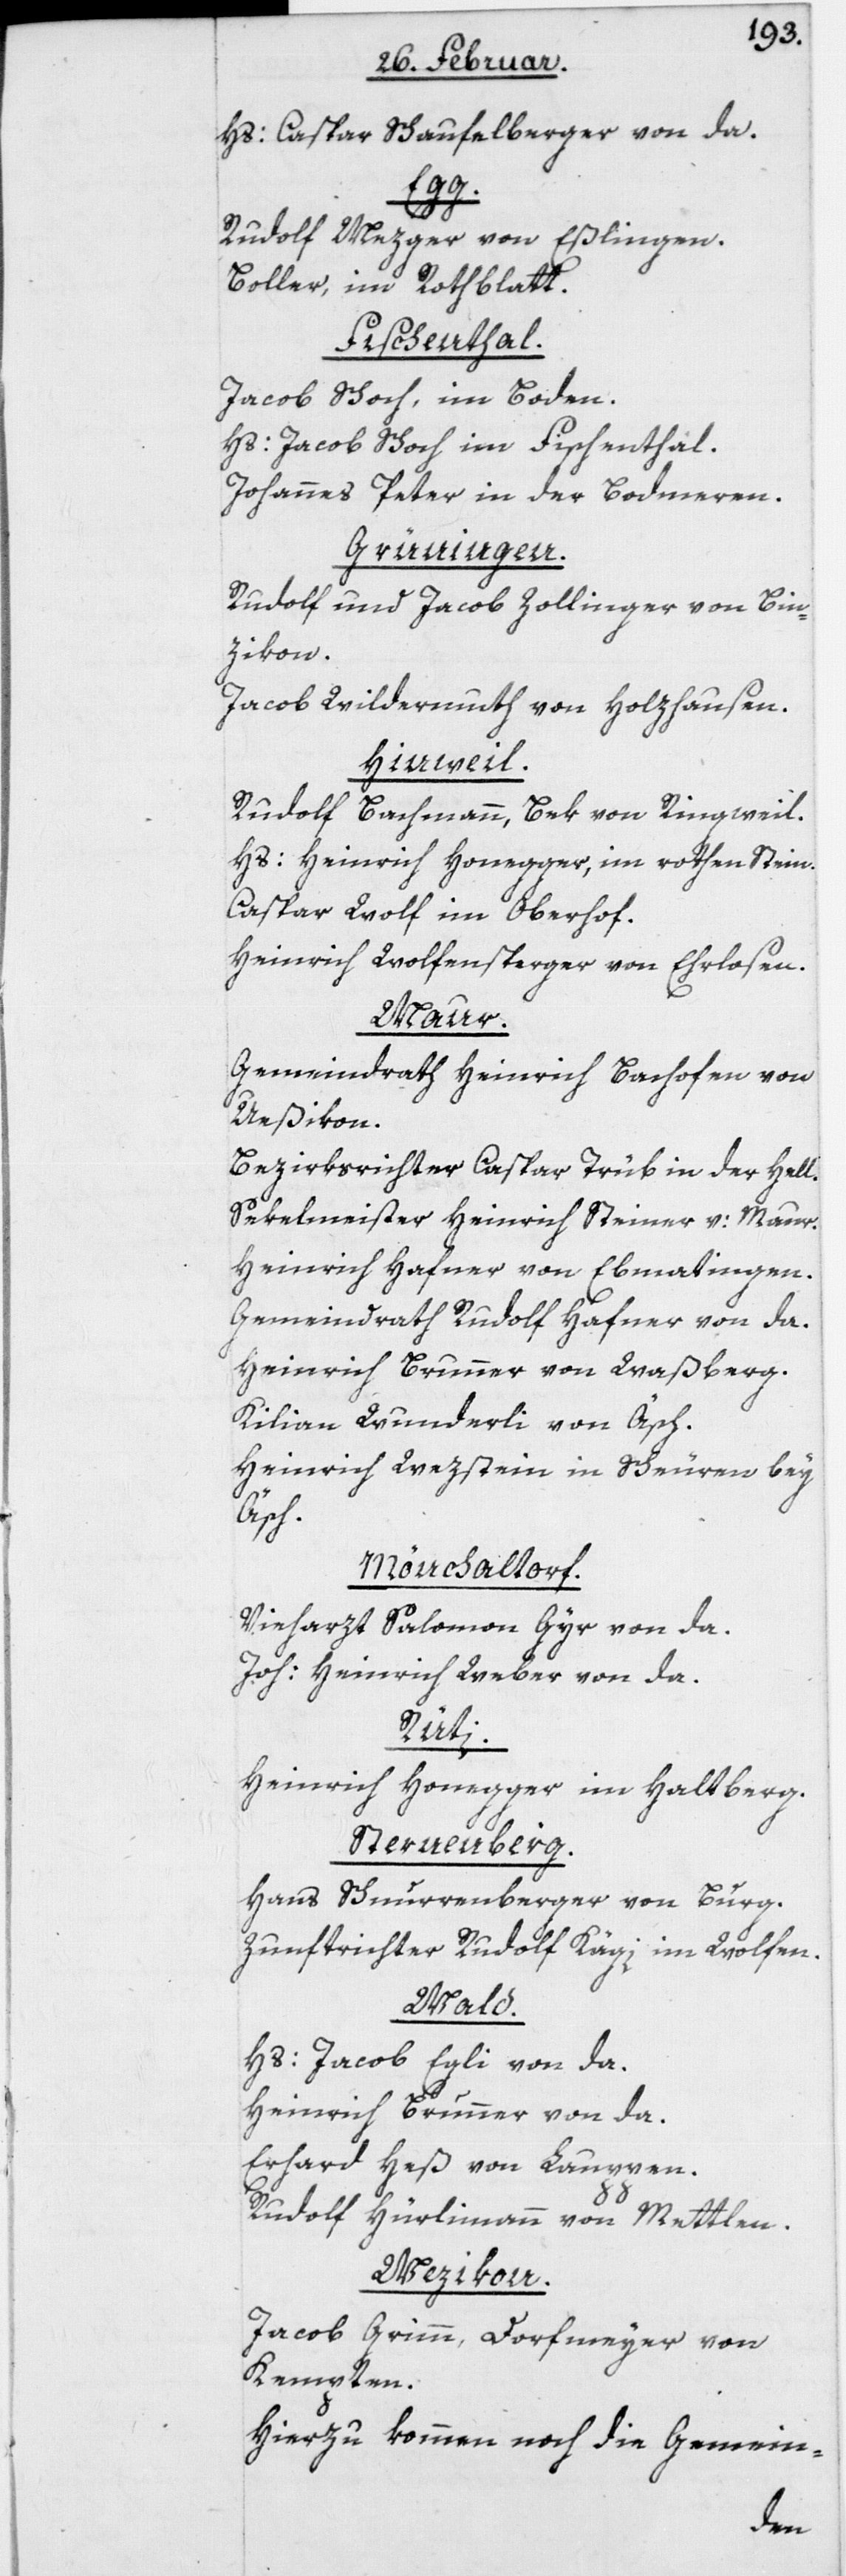
Hs: Caspar Schaufelberger von da.
Egg.
Rudolf Mezger von Eßlingen.
Boller, im Rothblatt.
Fischenthal.
Jacob Schoch, im Boden.
Hs: Jacob Schoch im Fischenthal.
Johannes Peter in der Bodmeren.
Grüningen.
Rudolf und Jacob Zollinger von Bin¬
zikon.
Jacob Wildermuth von Holzhausen.
Hinweil.
Rudolf Bachmann, Bek von Ringweil.
Hs: Heinrich Honegger, im rothen Stein.
Caspar Wolf im Oberhof.
Heinrich Wolfensperger von Ehrlosen.
Maur.
Gemeindrath Heinrich Bachofen von
Ueßikon.
Bezirksrichter Caspar Trüb in der Hell.
Sekelmeister Heinrich Steiner v: Maur.
Heinrich Hafner von Ebmatingen.
Gemeindrath Rudolf Hafner von da.
Heinrich Brunner, von Waßberg.
Kilian Wunderli von Äsch.
Heinrich Wezstein in Scheuren bey
Äsch.
Mönchaltorf.
Vieharzt Salomon Gyr von da.
Joh: Heinrich Weber von da.
Rüti.
Heinrich Honegger im Haltberg.
Sternenberg.
Hans Schnurrenberger, von Burg.
Zunftrichter Rudolf Kägi im Wolfen.
Wald.
Hs: Jacob Egli von da.
Heinrich Brunner von da.
Erhard Heß von Lauppen.
Rudolf Hürlimann von Mettlen.
Wezikon.
Jacob Grimm, Dorfmeyer von
Kempten.
Hierzu kommen noch die Gemein-